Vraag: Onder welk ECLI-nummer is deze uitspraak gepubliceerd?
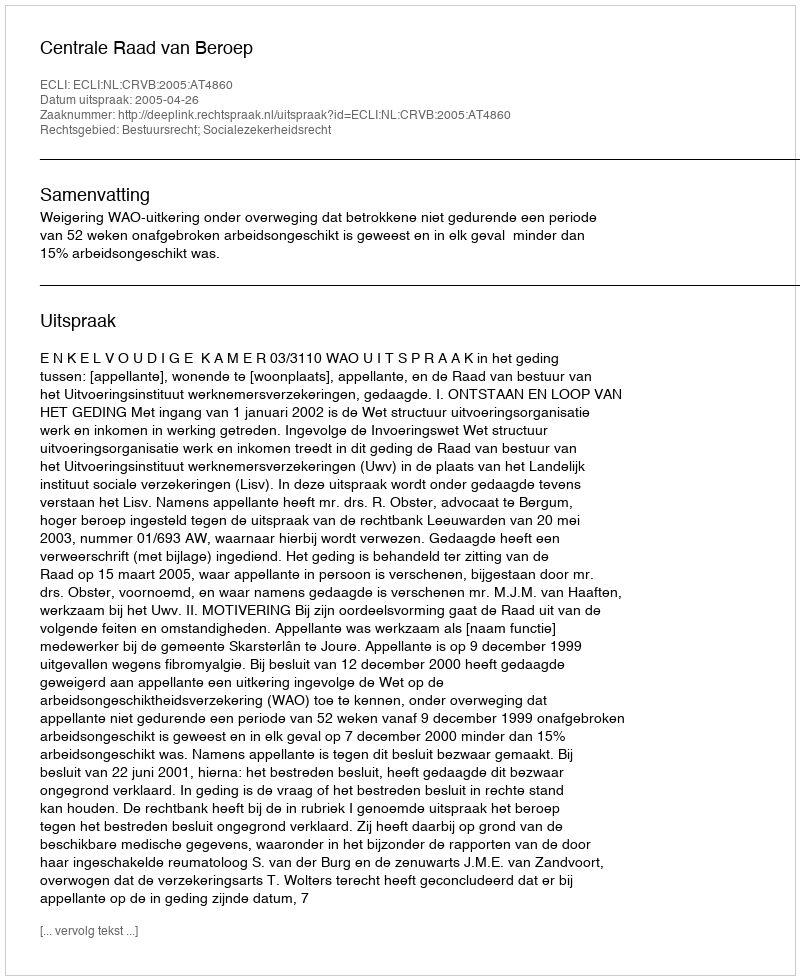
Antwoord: ECLI:NL:CRVB:2005:AT4860